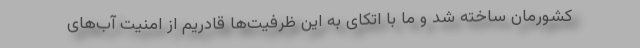
کشورمان ساخته شد و ما با اتکای به این ظرفیت‌ها قادریم از امنیت آب‌های